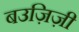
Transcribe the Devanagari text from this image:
बउज़िज़ी